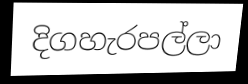
දිගහැරපල්ලා